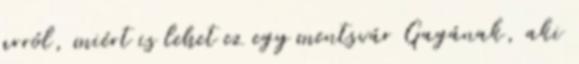
arról, miért is lehet ez egy mentsvár Gagának, aki